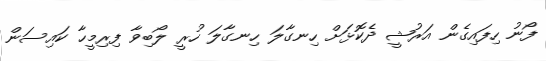
ފޯނު ހިފައިގެން އަރުޝީ ދެކޮޅަށް ހިނގާލަ ހިނގާލަ ހުރީ ލޯބިވާ ފިރިމީހާ ކައިސަން